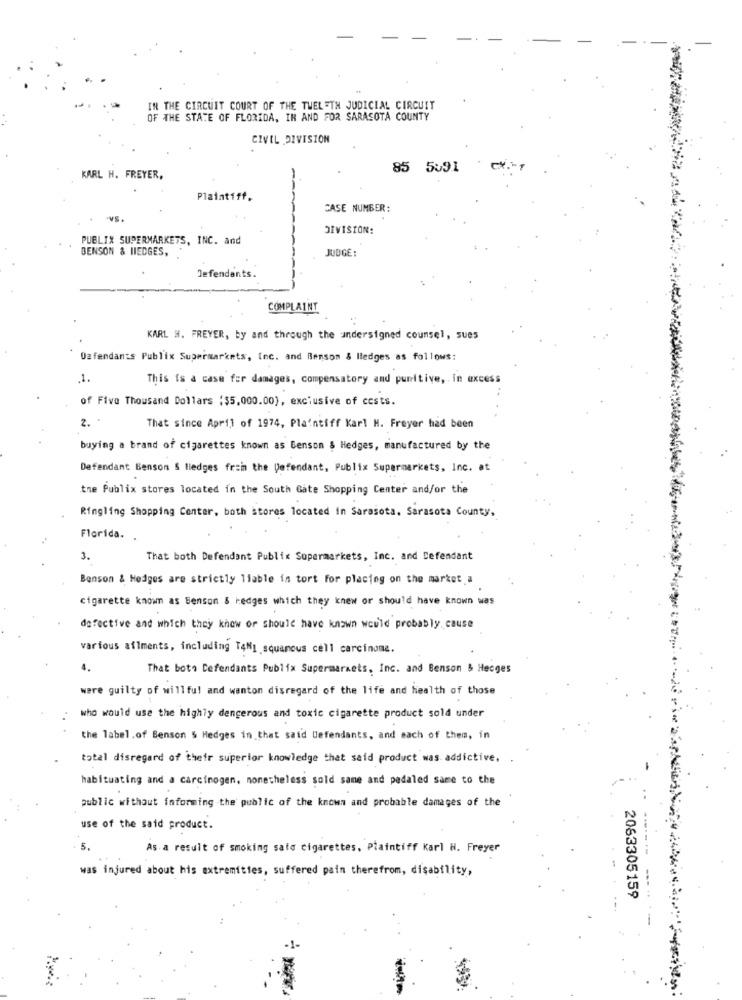
-
IN THE CIRCUIT COURT OF THE TWELFTH JUDICIAL CIRCUIT
OF THE STATE OF FLORIDA, IR AND FOR SARASOTA COUNTY
CIVIL DIVISION
85 5%91
KARL H. FREYER,
Plaintiff.
CASE NUMBER:
DIVISION:
PUBLIX SUPERMARKETS, INC. and
BENSON & HIEDGES,
JUDGE:
Defendants.
COMPLAINT
KARL #. FREYER, by and through the undersigned counsel, sues
Defendants Publix Supermarkets, Inc. and Benson & lledges as follows:
1
This is a case for damages, compensatory and punitive, in excess
of Five Thousand Dollars ( $5,000.00), exclusive of costs.
2. -
That since April of 1974, Plaintiff Karl H. Freyer had been
buying a brand of cigarettes known as Benson & Hedges, manufactured by the
Defendant Benson & tledges frain the Defendant, Publix Supermarkets, Inc. at
the Publix stores located in the South Gate Shopping Center and/or the
Ringling Shopping Center, both stores located in Sarasota. Sarasota County,
Florida.
3.
That both Defendant Publix Supermarkets, Inc. and Defendant
Benson & Hedges are strictly liable in tort for placing on the market a
cigarette known as Benson & hedges which they knew or should have known was
defective and which they know or should have known would probably cause
various afiments, including TAN1 squamous cell carcinoma.
4.
That bots Defendants Publix Supermarkets, Inc. and Benson & Heoges
were guilty of willful and wanton disregard of the life and health of those
who would use the highly dengerous and toxic cigarette product sold under
the label.of Benson & Hedges in that said Defendants, and each of them, in
total disregard of their superior knowledge that said product was addictive,
habituating and a carcinogen, nonetheless sold sane and pedaled same to the
public without informing the public of the known and probable damages of the
use of the said product.
5.
As a result of smoking said cigarettes, Plaintiff Karl H. Freyer
was injured about his extremities, suffered pain therefrom, disability,
2063305159